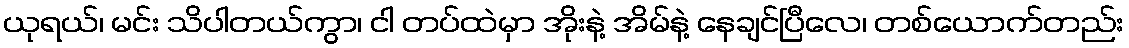
ယုရယ်၊ မင်း သိပါတယ်ကွာ၊ ငါ တပ်ထဲမှာ အိုးနဲ့ အိမ်နဲ့ နေချင်ပြီလေ၊ တစ်ယောက်တည်း